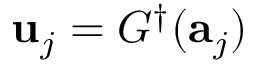
\mathbf { u } _ { j } = G ^ { \dagger } ( \mathbf { a } _ { j } )